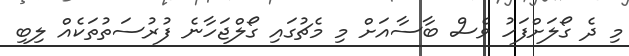
މި ދެ ގޯލަށްފަހު ވެސް ބާސާއަށް މި މެޗުގައި ގޯލްޖަހާނެ ފުރުސަތުތަކެއް ލިބި